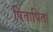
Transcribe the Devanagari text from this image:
पितापिता